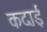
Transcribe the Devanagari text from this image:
कदाई